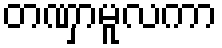
တဏှာမူလကာ